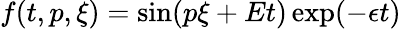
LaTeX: \begin{array}{r}{f(t,p,\xi)=\sin(p\xi+Et)\exp(-\epsilon t)}\end{array}